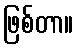
ဖြစ်တာ။